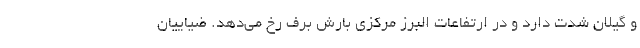
و گیلان شدت دارد و در ارتفاعات البرز مرکزی بارش برف رخ می‌دهد. ضیاییان